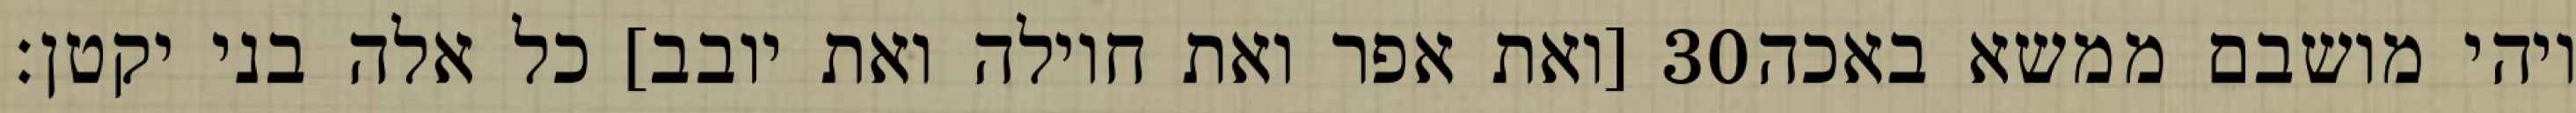
[ואת אפר ואת חוילה ואת יובב] כל אלה בני יקטן׃ ‎30‏ ויהי מושבם ממשא באכה